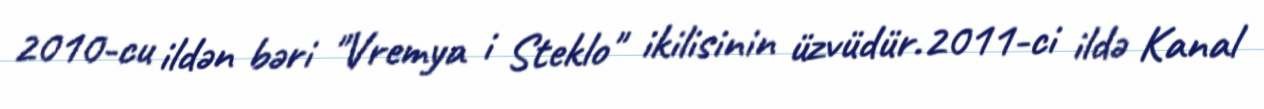
2010-cu ildən bəri "Vremya i Steklo" ikilisinin üzvüdür.2011-ci ildə Kanal